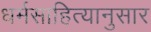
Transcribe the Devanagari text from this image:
धर्मसाहित्यानुसार